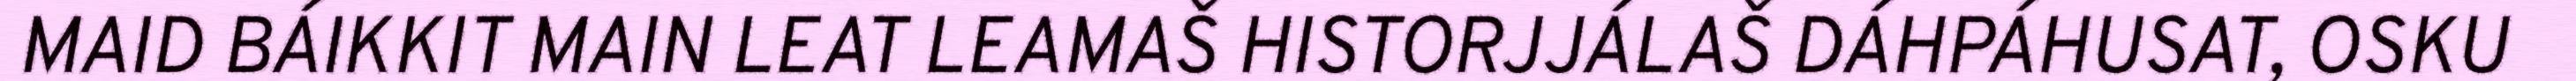
MAID BÁIKKIT MAIN LEAT LEAMAŠ HISTORJJÁLAŠ DÁHPÁHUSAT, OSKU